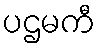
ပဌမကီ